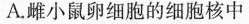
A.雌小鼠卵细胞的细胞核中